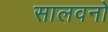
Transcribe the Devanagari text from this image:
सालवनो